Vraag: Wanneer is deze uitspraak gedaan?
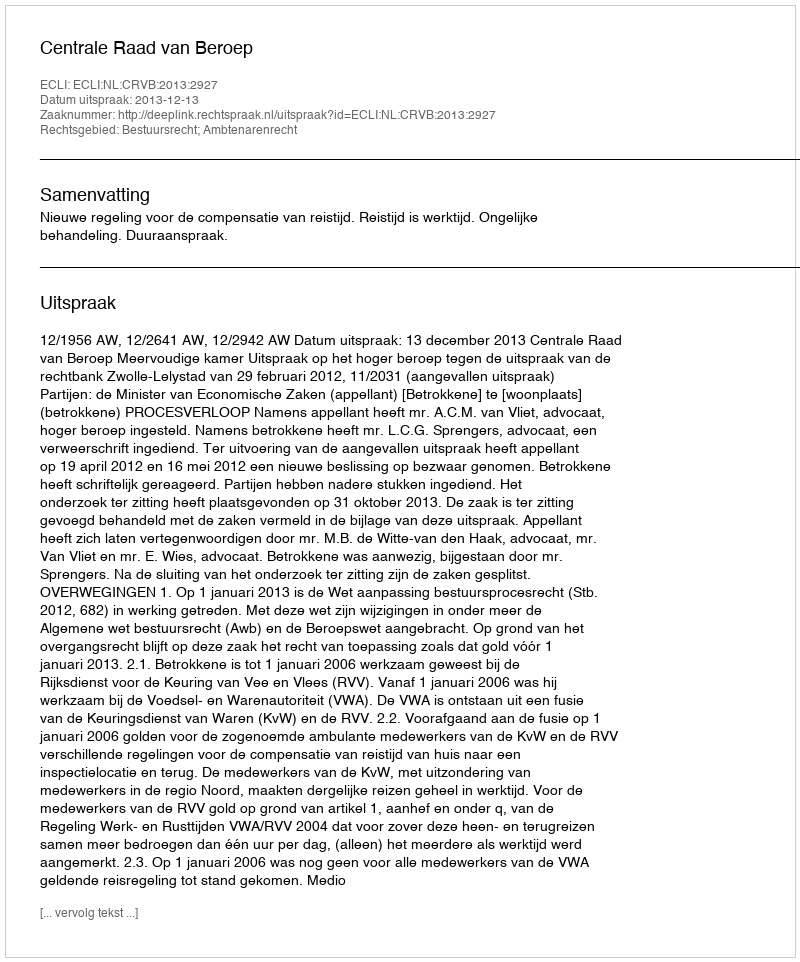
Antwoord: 2013-12-13